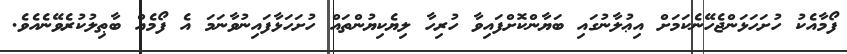
ފޯމާއެކު ހުށަހަޅަންޖެހޭނެކަމަށް އިޢުލާނުގައި ބަޔާންކޮށްފައިވާ ހުރިހާ ލިޔެކިޔުންތައް ހުށަހަޅާފައިނުވާނަމަ އެ ފޯމެއް ބާޠިލުކުރެވޭނެއެވެ.